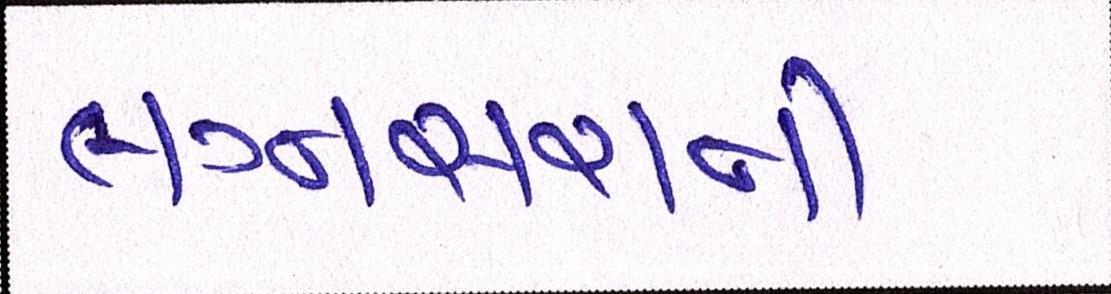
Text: લગ્નસરાની